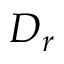
D _ { r }